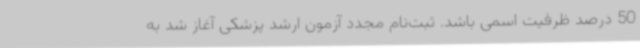
50 درصد ظرفیت اسمی باشد. ثبت‌نام مجدد آزمون ارشد پزشکی آغاز شد به